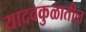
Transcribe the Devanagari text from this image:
यादवकुळातील